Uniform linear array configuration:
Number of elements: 24
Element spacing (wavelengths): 0.75
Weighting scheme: hamming
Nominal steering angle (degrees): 60
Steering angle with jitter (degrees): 59.494
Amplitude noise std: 0.05
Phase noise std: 0.05

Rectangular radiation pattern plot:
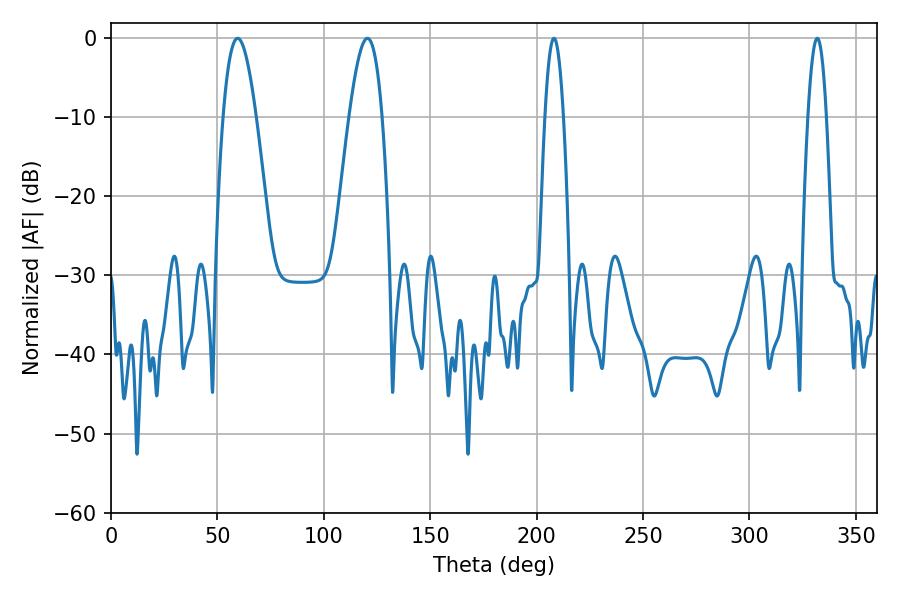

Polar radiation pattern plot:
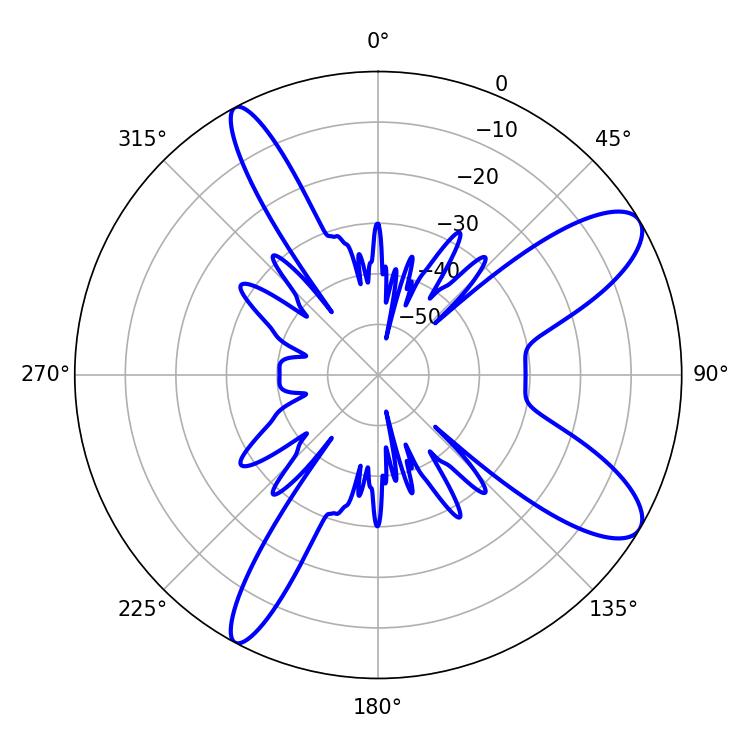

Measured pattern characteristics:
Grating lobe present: TRUE
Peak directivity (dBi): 10.182
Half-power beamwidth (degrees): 8.46
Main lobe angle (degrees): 120.42